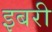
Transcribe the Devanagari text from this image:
इबरी